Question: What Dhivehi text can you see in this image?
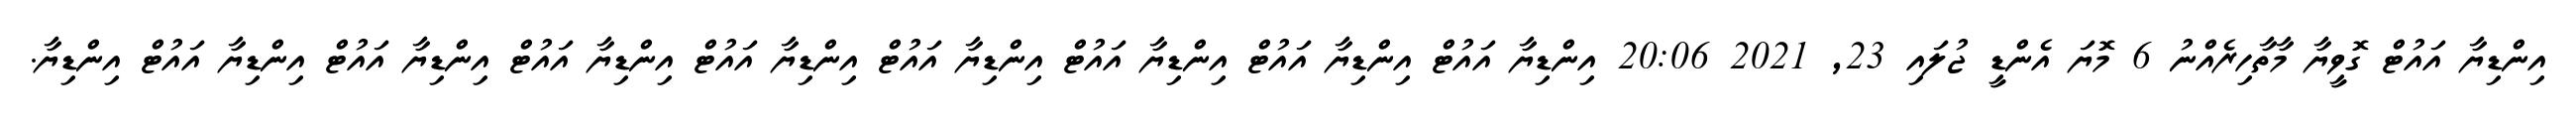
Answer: އިންޑިޔާ އައުޓް ގޮވީޔާ މާތާހިރެއްނު 6 މޮޔަ އެންޑީ ޖުލައި 23, 2021 20:06 އިންޑިޔާ އައުޓް އިންޑިޔާ އައުޓް އިންޑިޔާ އައުޓް އިންޑިޔާ އައުޓް އިންޑިޔާ އައުޓް އިންޑިޔާ އައުޓް އިންޑިޔާ އައުޓް އިންޑިޔާ އައުޓް އިންޑިޔާ.